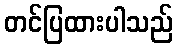
တင်ပြထားပါသည်